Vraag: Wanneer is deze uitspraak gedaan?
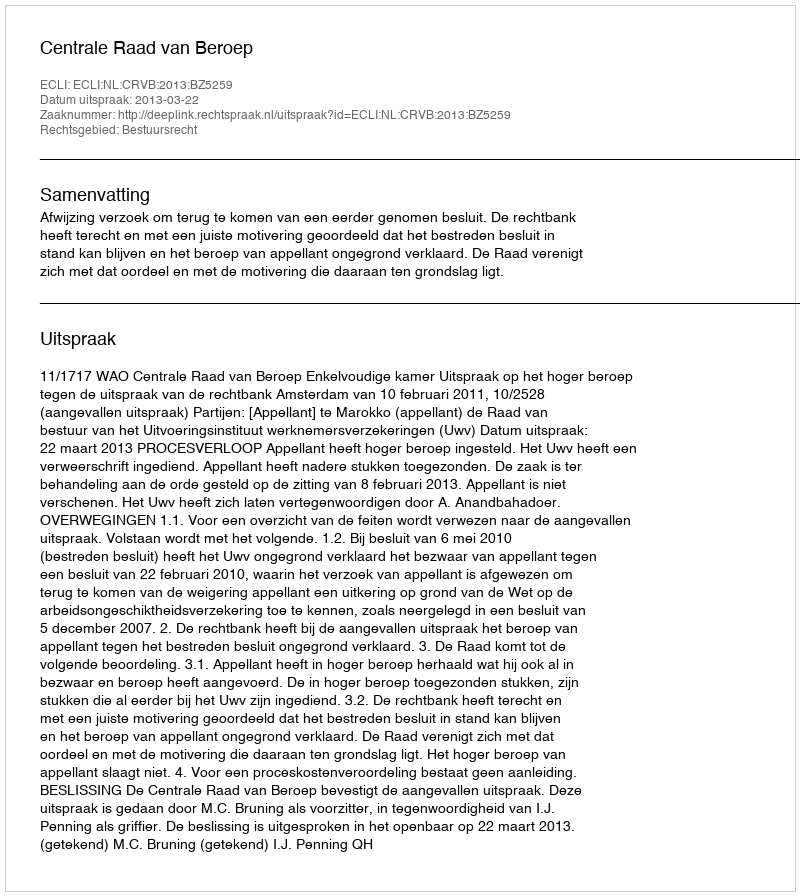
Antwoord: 2013-03-22